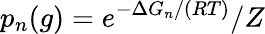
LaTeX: p_{n}(g)=e^{-\Delta G_{n}/(RT)}/Z